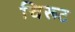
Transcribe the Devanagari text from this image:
चिरूट